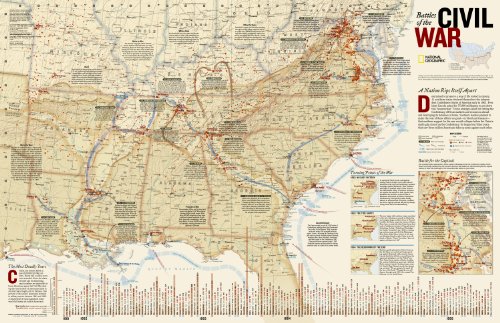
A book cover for Battles of the Civil War [Tubed] (National Geographic Reference Map); National Geographic Maps - Reference; History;